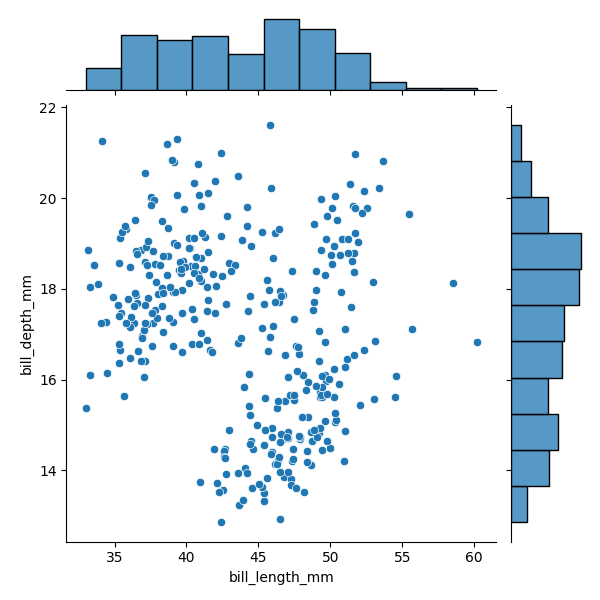
python, seaborn, JointGrid, scatterplot, histplot